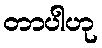
တာပါဟု